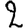
Digit: 2